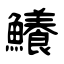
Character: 鱶